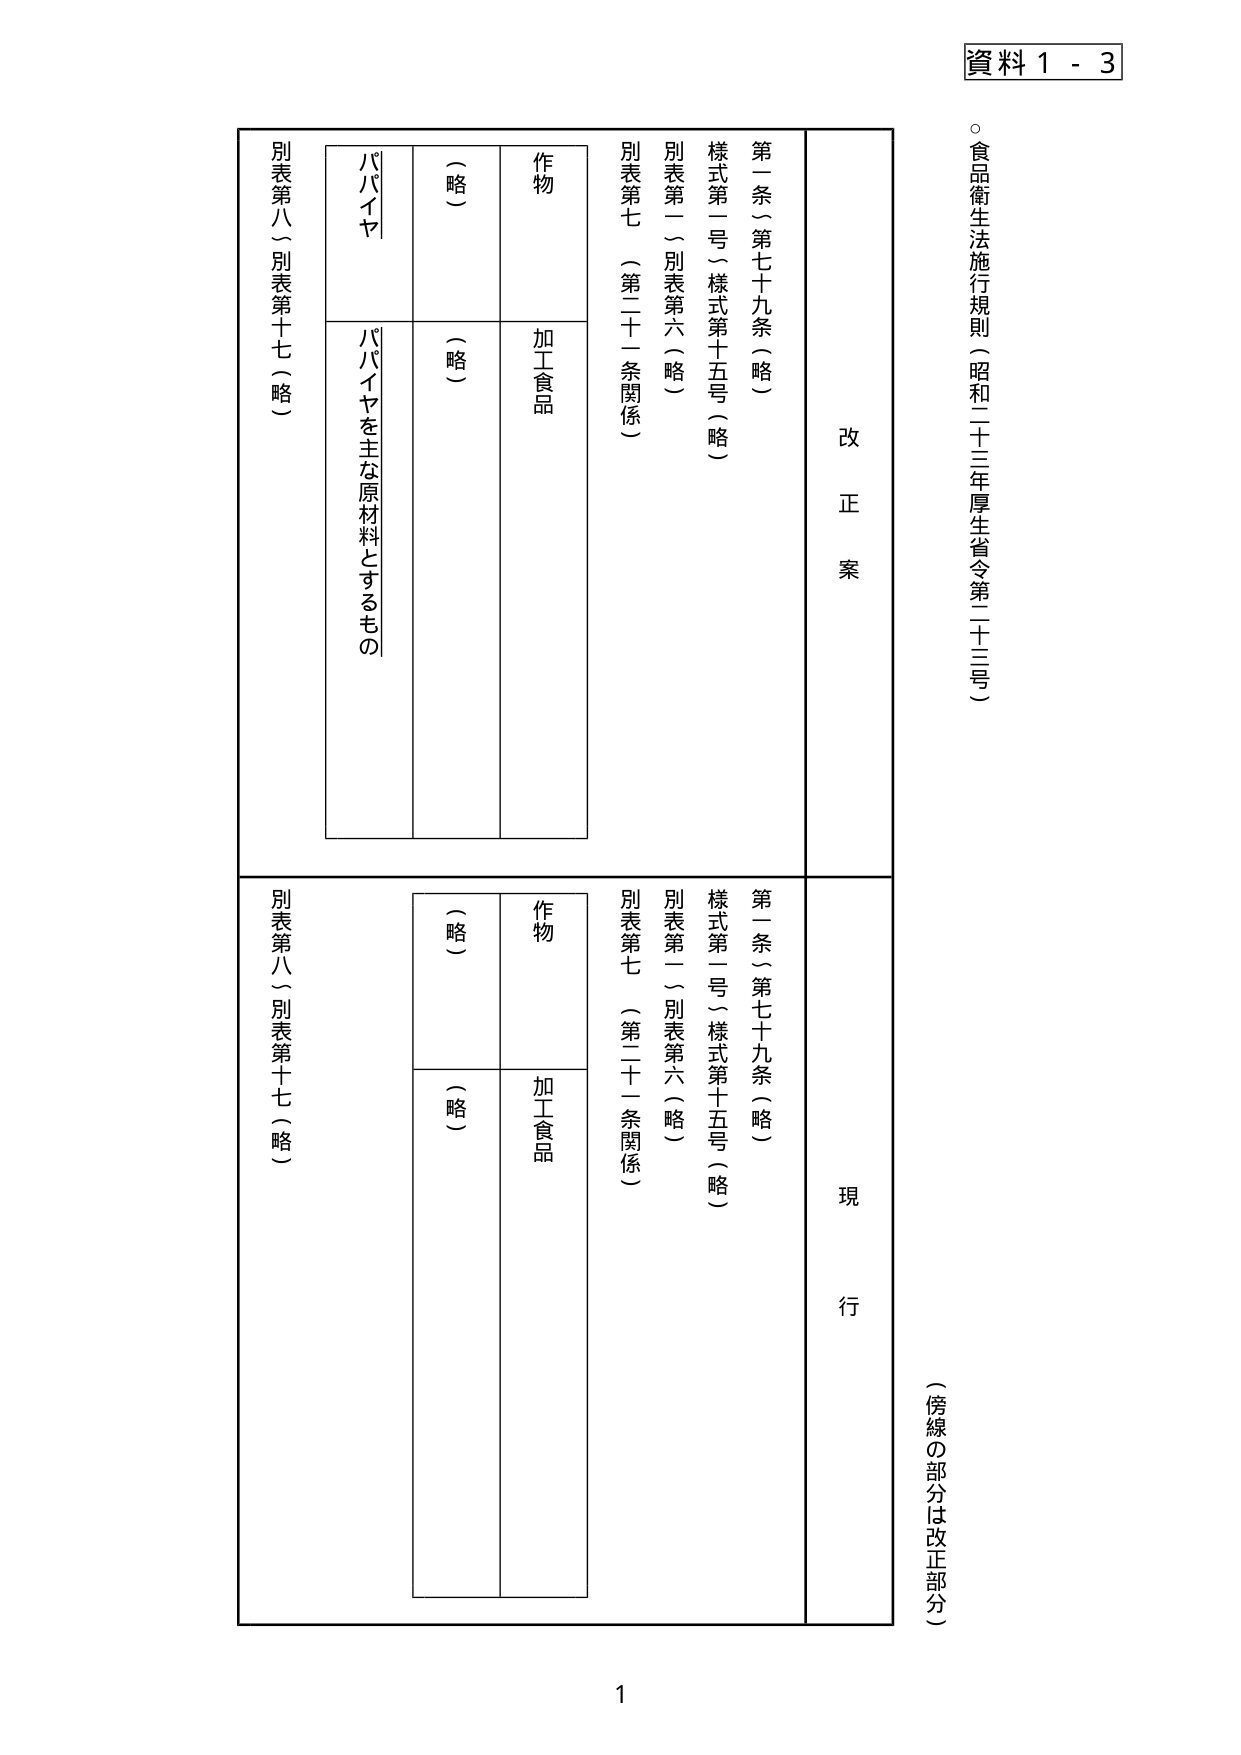
資料１－３

○食品衛生法施行規則（昭和二十三年厚生省令第二十三号）

（傍線の部分は改正部分）

改正案
第一条（第七十九条（略））
様式第一号（様式第十五号（略））
別表第一（別表第六（略））
別表第七（第二十一条関係）
作物
（略）
加工食品
（略）
パパイヤ
パパイヤを主な原材料とするもの
別表第八（別表第十七（略））

現行
第一条（第七十九条（略））
様式第一号（様式第十五号（略））
別表第一（別表第六（略））
別表第七（第二十一条関係）
作物
（略）
加工食品
（略）
別表第八（別表第十七（略））

1